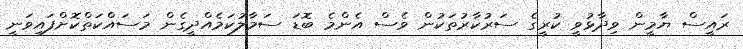
ރައީސް ޔާމީން ވިދާޅުވީ ކުރީގެ ސަރުކާރުތަކުން ވެސް އެންމެ ބޮޑަ ސަމާލުކަމެއްދީގެން މަސައްކަތްކޮށްފައިވަނީ